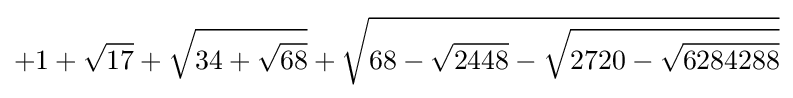
+1+{\sqrt {17}}+{\sqrt {34+{\sqrt {68}}}}+{\sqrt {68-{\sqrt {2448}}-{\sqrt {2720-{\sqrt {6284288}}}}}}